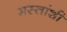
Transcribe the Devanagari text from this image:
मस्तांशी